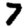
Digit: 7